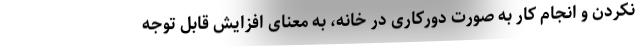
‌نکردن و انجام کار به صورت دورکاری در خانه، به معنای افزایش قابل توجه